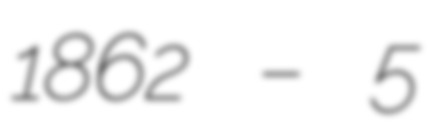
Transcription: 1862 – 5